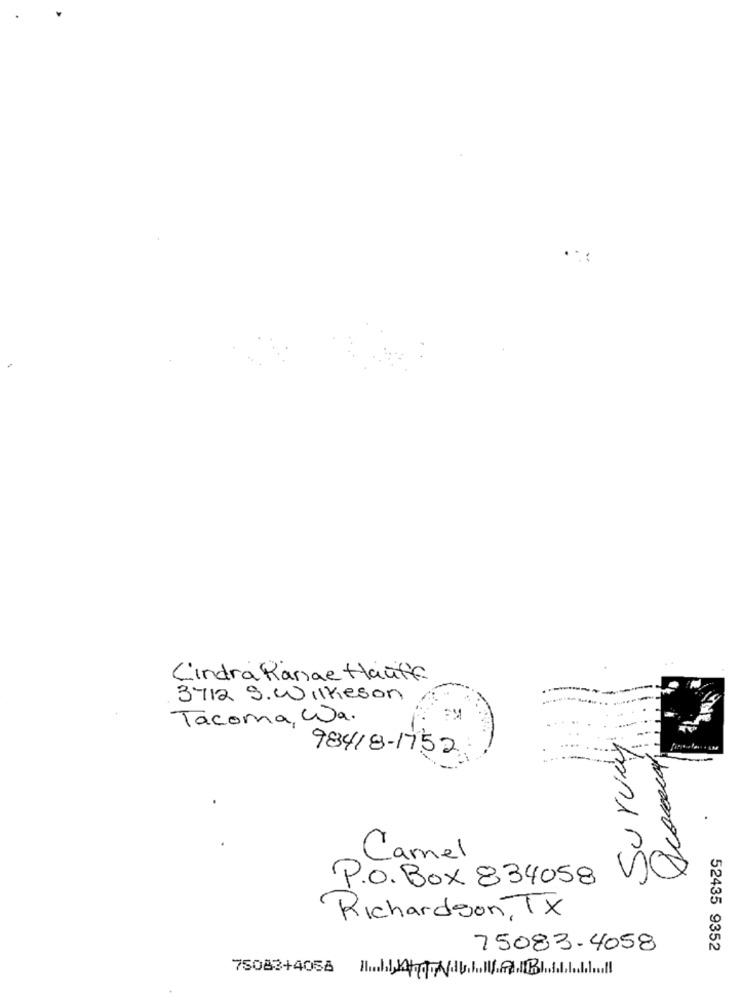
L'indra Ranae Hauf
3712 S. Wilkeson
Tacoma, Da.
Survey
98418-1752
Carmel
P.O. Box 834058
Richardson, TX
75083-4058
52435 9352
75083+4058